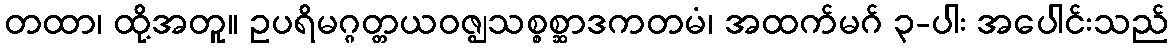
တထာ၊ ထို့အတူ။ ဥပရိမဂ္ဂတ္တယဝဇ္ဈသစ္စစ္ဆာဒကတမံ၊ အထက်မဂ် ၃-ပါး အပေါင်းသည်